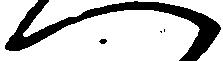
へ